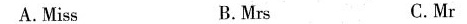
A.Miss B.Mrs C.Mr